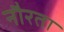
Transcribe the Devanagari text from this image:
नौरता